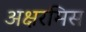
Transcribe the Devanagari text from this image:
अक्षरमिस